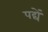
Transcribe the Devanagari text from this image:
पद्यें